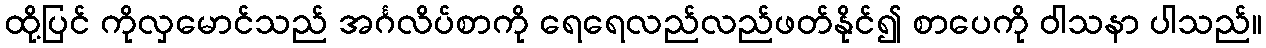
ထို့ပြင် ကိုလှမောင်သည် အင်္ဂလိပ်စာကို ရေရေလည်လည်ဖတ်နိုင်၍ စာပေကို ဝါသနာ ပါသည်။